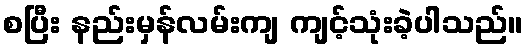
စပြီး နည်းမှန်လမ်းကျ ကျင့်သုံးခဲ့ပါသည်။